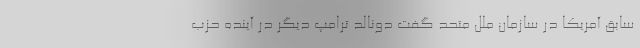
سابق آمریکا در سازمان ملل متحد گفت دونالد ترامپ دیگر در آینده حزب